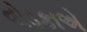
વોડકાએ